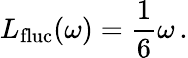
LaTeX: L_{\mathrm{fluc}}(\omega)=\frac{1}{6}\omega\, .